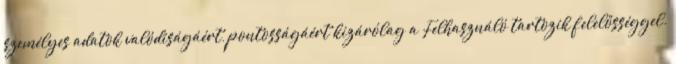
személyes adatok valódiságáért, pontosságáért kizárólag a Felhasználó tartozik felelősséggel.